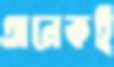
অনেকই